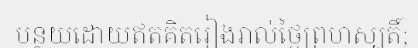
បន្ថយដោយឥតគិតរៀងរាល់ថ្ងៃព្រហស្បតិ៍;